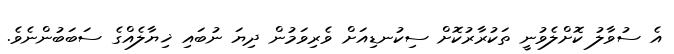
އެ ސުވާލު ކޮށްލެވުނީ ތަކުރާރުކޮށް ސިކުނޑިއަށް ވެރިވަމުން ދިޔަ ނުބައި ޚިޔާލެއްގެ ސަބަބުންނެވެ.